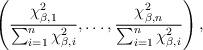
LaTeX: \begin{align*}\left(\frac{\chi_{\beta,1}^2}{\sum_{i = 1}^n \chi_{\beta,i}^2} , \dots, \frac{\chi_{\beta,n}^2}{\sum_{i = 1}^n \chi_{\beta,i}^2} \right),\end{align*}